Insane asylums Bombay 1873-77 - 1873-1877
Year: 1873
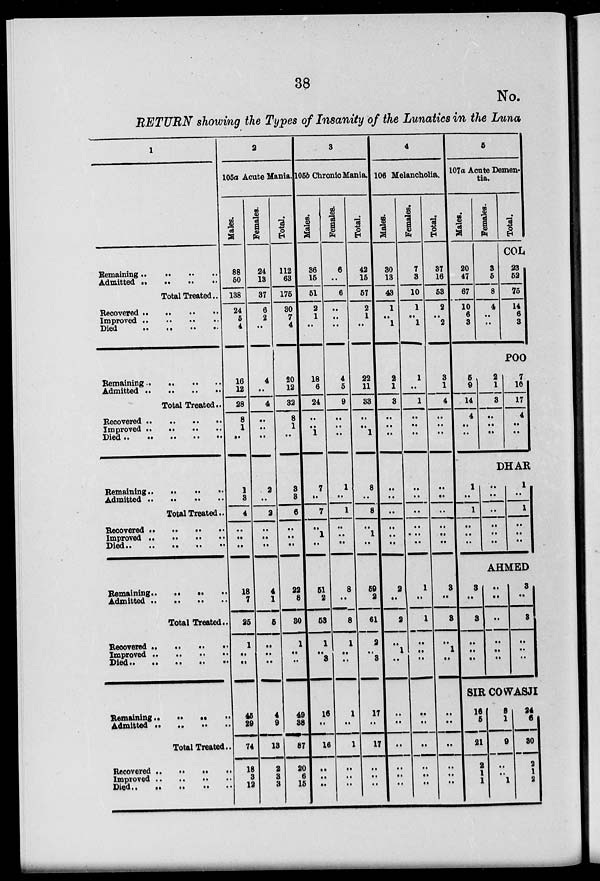
38
No.
RETURN showing the Types of Insanity of the Lunatics in the Luna
1
Remaining .. .. .. ..
Admitted .. .. .. ..
Total Treated..
Recovered .. .. .. ..
Improved .. .. .. ..
Died .. .. .. ..
Remaining .. .. .. ..
Admitted .. .. .. ..
Total Treated..
Recovered .. .. .. ..
Improved
.. .. .. ..
Died .. .. .. ..
Remaiming .. .. .. ..
Admitted .. .. .. ..
Total Treated..
Recovered
..
..
..
..
Improved .. .. .. ..
Died .. .. .. .. ..
Remaining .. .. .. ..
Admitted .. .. .. ..
Total Treated ..
Recovered .. .. .. ..
Improved .. .. .. ..
Died .. .. .. ..
Remaining .. .. .. ..
Admitted
..
..
..
..
Total Treated ..
Recovered .. .. .. ..
Improved ..
.. .. ..
Died .. .. .. ..
2
105a Acute Mania.
Males.
88
50
138
24
5
4
16
12
28
8
1
..
1
3
4
..
..
..
18
7
25
1
..
..
45
29
74
18
3
12
Females.
24
13
37
6
2
..
4
..
4
..
..
..
2
..
2
..
..
..
4
1
5
..
..
..
4
9
13
2
3
3
Total.
112
63
175
30
7
4
20
12
32
8
1
..
3
3
6
..
..
..
22
8
30
1
..
..
49
38
87
20
6
15
3
105b Chronic Mania.
Males.
36
15
51
2
1
..
18
6
24
..
..
1
7
..
7
..
1
..
51
2
53
1
..
3
16
..
16
..
..
..
Females.
6
..
6
..
..
..
4
5
9
..
..
..
1
..
1
..
..
..
8
..
8
1
..
..
1
..
1
..
..
..
Total.
42
15
57
2
1
..
22
11
33
..
..
1
8
..
8
..
1
..
59
2
61
2
..
3
17
..
17
..
..
..
4
106 Melancholia.
Males.
30
13
43
1
..
1
2
1
3
..
..
..
..
..
..
..
..
..
2
..
2
..
1
..
..
..
..
..
..
..
Females.
7
3
10
1
..
1
1
..
1
..
..
..
..
..
..
..
..
..
1
..
1
..
..
..
..
..
..
..
..
..
Total
37
16
53
2
..
2
3
1
4
..
..
..
..
..
..
..
..
..
3
..
3
..
1
..
..
..
..
..
..
..
5
107a Acute Demen-
tia.
Males.
20
47
67
10
6
3
Females.
3
5
8
4
..
..
Total.
COL
23
52
75
14
6
3
POO
5
9
14
4
..
..
2
1
3
..
..
..
7
10
17
4
..
..
DHAR
1
..
1
..
..
..
..
..
..
..
..
..
1
..
1
..
..
..
AHMED
3
..
3
..
..
..
..
..
..
..
..
..
3
..
3
..
..
..
SIR COWASJI
16
5
21
2
1
1
8
1
9
..
..
1
24
6
30
2
1
2